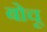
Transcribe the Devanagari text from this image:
बोचू